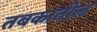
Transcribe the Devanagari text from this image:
तबकातील